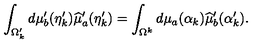
\int _ { \Omega _ { k } ^ { \prime } } d \mu _ { b } ^ { \prime } ( \eta _ { k } ^ { \prime } ) \widehat { \mu } _ { a } ^ { \prime } ( \eta _ { k } ^ { \prime } ) = \int _ { \Omega ^ { k } } d \mu _ { a } ( \alpha _ { k } ) \widehat { \mu } _ { b } ^ { \prime } ( \alpha _ { k } ^ { \prime } ) .